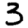
Digit: 3